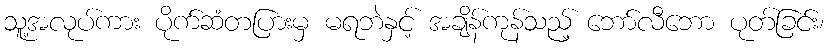
သူ့အလုပ်ကား ပိုက်ဆံတပြားမှ မရဘဲနှင့် အချိန်ကုန်သည့် ဘော်လီဘော ပုတ်ခြင်း၊